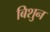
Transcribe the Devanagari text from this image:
बिशुन